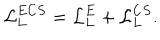
{ \cal L } _ { L } ^ { E C S } = { \cal L } _ { L } ^ { E } + { \cal L } _ { L } ^ { C S } .